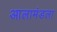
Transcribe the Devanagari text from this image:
आलामंडला